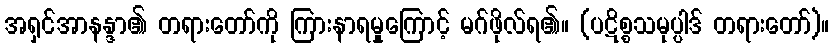
အရှင်အာနန္ဒာ၏ တရားတော်ကို ကြားနာရမှုကြောင့် မဂ်ဖိုလ်ရ၏။ (ပဋိစ္စသမုပ္ပါဒ် တရားတော်)။